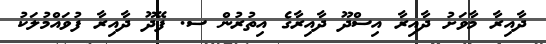
ދާއިރާ މާވަށު ދާއިރާ އިސްދޫ ދާއިރާގެ އިތުރުން ސ. ފޭދޫ ދާއިރާ ފުވައްމުލަކު